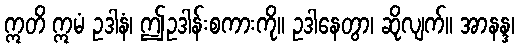
ဣတိ ဣမံ ဥဒါနံ၊ ဤဥဒါန်းစကားကို။ ဥဒါနေတွာ၊ ဆိုလျက်။ အာနန္ဒ၊